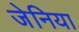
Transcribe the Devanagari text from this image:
जेनिया